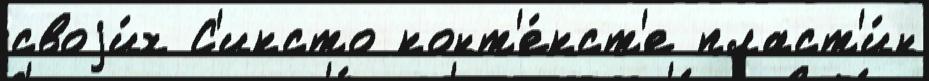
своjи́х С'иксто конт'е́кст'е пласт'и́н